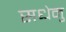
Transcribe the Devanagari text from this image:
सधेनु